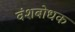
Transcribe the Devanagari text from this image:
वंशबोधक